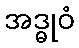
အဒ္ဓုဝံ